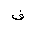
Letter: _fa